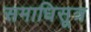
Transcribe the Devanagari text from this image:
समाधिसूत्र